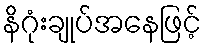
နိဂုံးချုပ်အနေဖြင့်